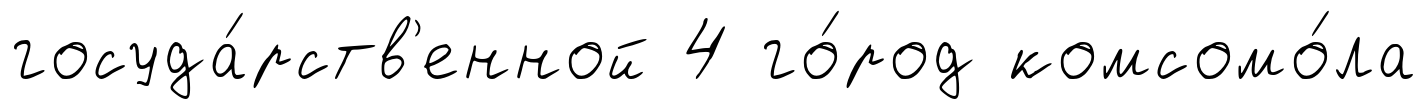
госуда́рств'енной 4 го́род комсомо́ла